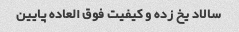
سالاد یخ زده و کیفیت فوق العاده پایین